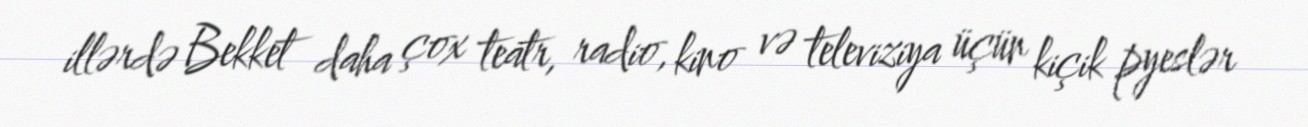
illərdə Bekket daha çox teatr, radio, kino və televiziya üçün kiçik pyeslər